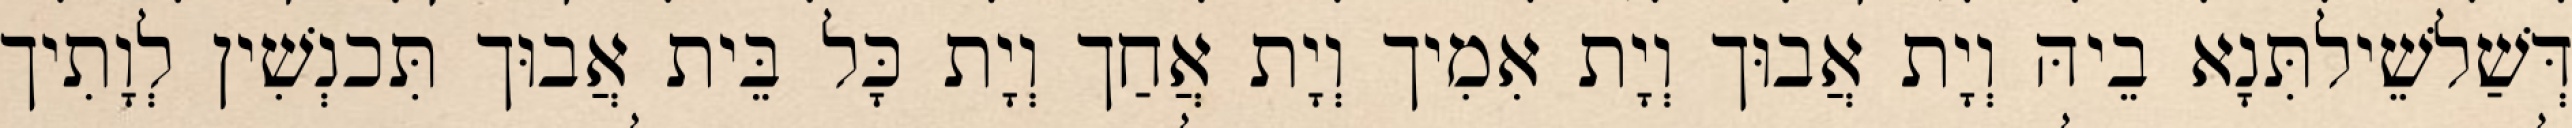
דְּשַׁלשֵׁילתִּנָא בֵיהּ וְיָת אֲבוּך וְיָת אִמִיך וְיָת אֲחַך וְיָת כָּל בֵּית אֲבוּך תִּכנְשִׁין לְוָתִיך